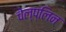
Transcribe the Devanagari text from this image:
चेल्प्लिन